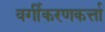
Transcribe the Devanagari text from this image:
वर्गीकरणकर्त्ता